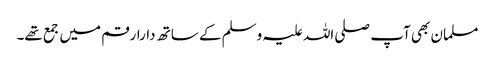
مسلمان بھی آپ صلی اللہ علیہ وسلم کے ساتھ دارارقم میں جمع تھے۔